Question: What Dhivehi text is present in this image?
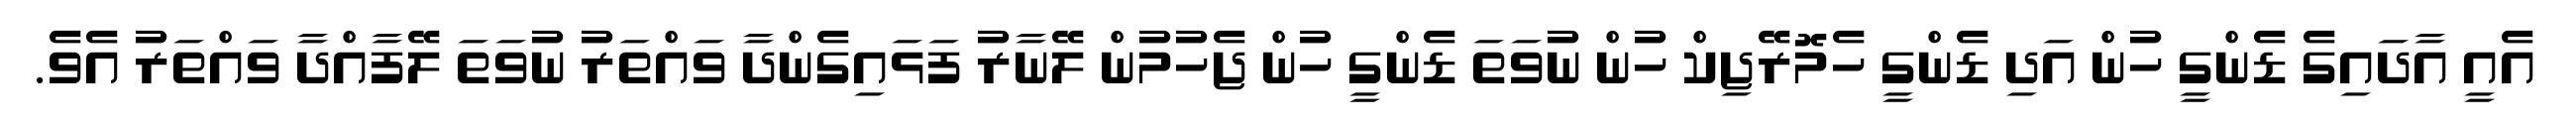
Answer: އެއީ އާދައިގެ ޑެންގީ ހުން އަދި ޑެންގީ ހެމޮރޭޖިކް ހުން ނުވަތަ ޑެންގީ ހުން ޖެހުމުން ލޭނާރު ފަޅައިގެންދާ ވައްތަރު ނުވަތަ ލޭފާއްދާ ވައްތަރު އެވެ.